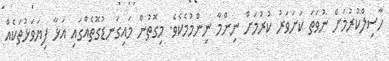
ހާސިލްކުރުމަށް ނުވަތަ ކަށަވަރު ކުރުމަށް ނިންމާ ނިންމުމެކެވެ. މިގޮތުން މައިގަނޑުގޮތެއްގައި އަޅާ ފިޔަވަޅުތަކެއް